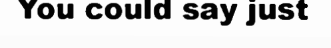
You could say just